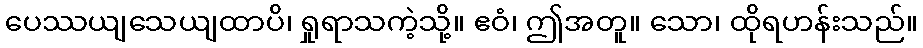
ပေဿယျသေယျထာပိ၊ ရှုရာသကဲ့သို့။ ဧဝံ၊ ဤအတူ။ သော၊ ထိုရဟန်းသည်။